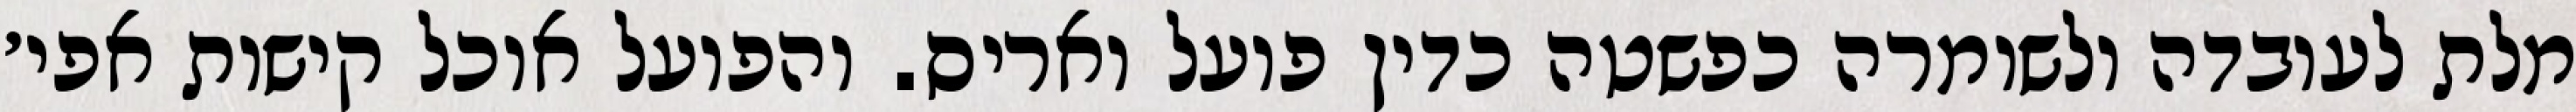
מלת לעובדה ולשומרה כפשטה כדין פועל ואריס. והפועל אוכל קישות אפי׳